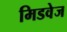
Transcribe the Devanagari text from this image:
मिडवेज